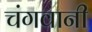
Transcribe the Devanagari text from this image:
चंगवानी